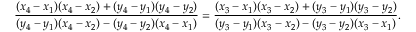
{ \frac { ( x _ { 4 } - x _ { 1 } ) ( x _ { 4 } - x _ { 2 } ) + ( y _ { 4 } - y _ { 1 } ) ( y _ { 4 } - y _ { 2 } ) } { ( y _ { 4 } - y _ { 1 } ) ( x _ { 4 } - x _ { 2 } ) - ( y _ { 4 } - y _ { 2 } ) ( x _ { 4 } - x _ { 1 } ) } } = { \frac { ( x _ { 3 } - x _ { 1 } ) ( x _ { 3 } - x _ { 2 } ) + ( y _ { 3 } - y _ { 1 } ) ( y _ { 3 } - y _ { 2 } ) } { ( y _ { 3 } - y _ { 1 } ) ( x _ { 3 } - x _ { 2 } ) - ( y _ { 3 } - y _ { 2 } ) ( x _ { 3 } - x _ { 1 } ) } } .